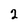
Character: 2